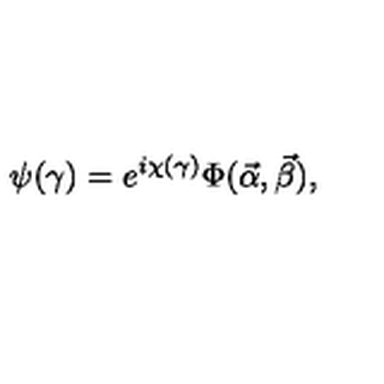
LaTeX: \psi ( \gamma ) = e ^ { i \chi ( \gamma ) } \Phi ( \vec { \alpha } , \vec { \beta } ) ,